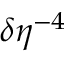
\delta \eta ^ { - 4 }